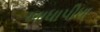
ખાધાપીધા